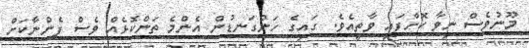
މޫނުވެސް ނިވާ ކޮށްފައި ވާތީއެވެ. ގައިގެ ހަންގަނޑުން އެންމެ ތަންކޮޅެއް ވެސް ފެންނާކަށް